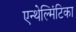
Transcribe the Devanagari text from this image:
एन्थेल्मिंटिका